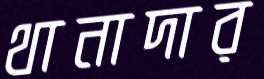
থানাদার